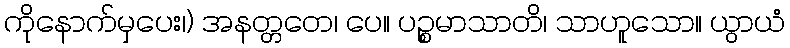
ကိုနောက်မှပေး၊) အနတ္တတေ၊ ပေ။ ပဉ္စမာသာတိ၊ သာဟူသော။ ယွာယံ